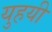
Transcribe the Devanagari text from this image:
युहयी